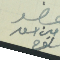
عضو امين اسعد سلوم